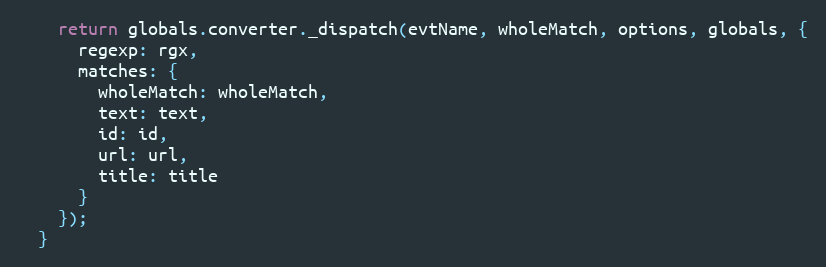
Language: JavaScript
    return globals.converter._dispatch(evtName, wholeMatch, options, globals, {
      regexp: rgx,
      matches: {
        wholeMatch: wholeMatch,
        text: text,
        id: id,
        url: url,
        title: title
      }
    });
  }